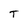
Character: T